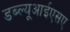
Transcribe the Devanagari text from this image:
डब्ल्यूआईएसए